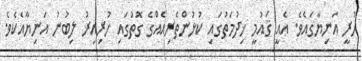
ހުރީ އަނިޔާގައެވެ. އެއީ ޤައުމީ ޚިދުމަތުގައި ކުޅުންތެރިއެއްގެ ގޮތުގައި ހުރިއިރު ލިބުނު އަނިޔާއެކެވެ.